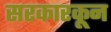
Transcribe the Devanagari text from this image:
सरकारकून